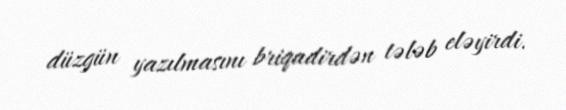
düzgün yazılmasını briqadirdən tələb eləyirdi.